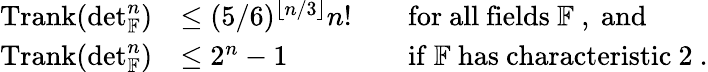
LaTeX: \begin{array}{rlrl}{\operatorname{Trank}(\det_{\mathbb{F}}^{n})}&{\leq(5/6)^{\lfloor n/3\rfloor}n!}&&{\mathrm{for~all~fields~\mathbb{F}~,~and}}\\ {\operatorname{Trank}(\det_{\mathbb{F}}^{n})}&{\leq 2^{n}-1}&&{\mathrm{if~\mathbb{F}~has~characteristic~2~.}}\end{array}